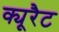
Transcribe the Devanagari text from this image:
क्यूरैट